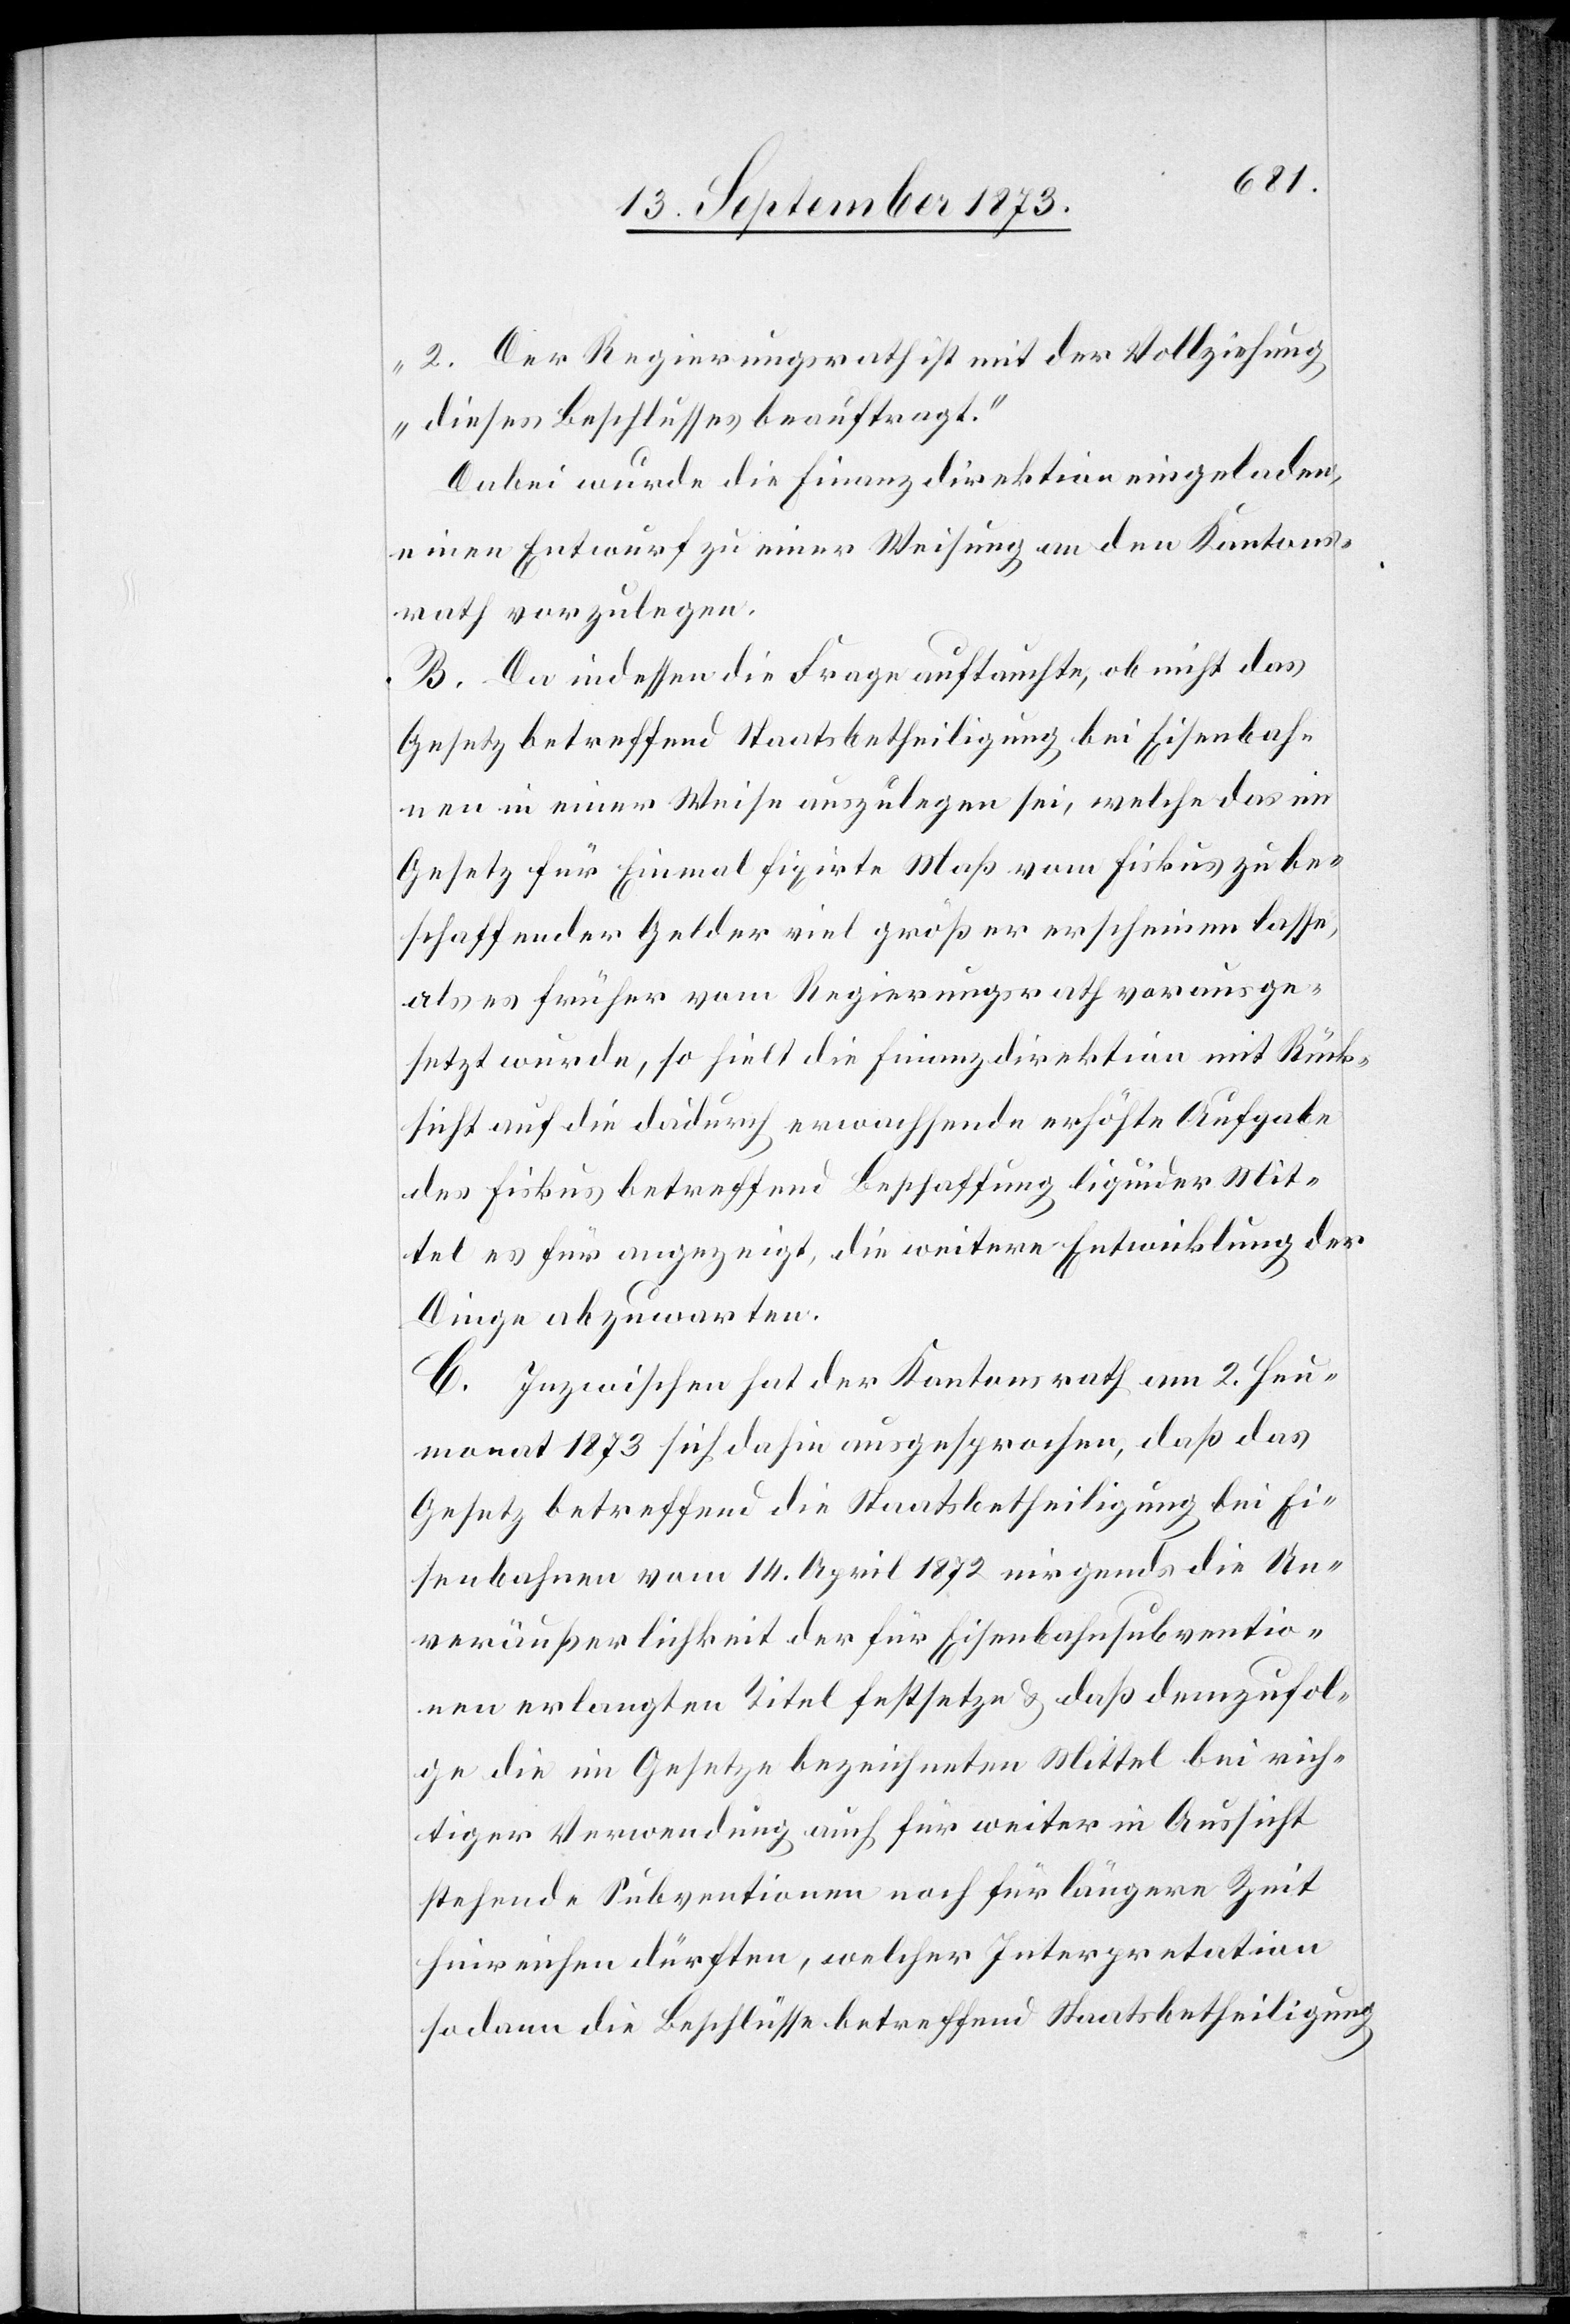
2. Der Regierungsrath ist mit der Vollziehung
dieses Beschlusses beauftragt.“
Dabei wurde die Finanzdirektion eingeladen,
einen Entwurf zu einer Weisung an den Kantons¬
rath vorzulegen.
B. Da indessen die Frage auftauchte, ob nicht das
Gesetz betreffend Staatsbetheiligung bei Eisenbah¬
nen in einer Weise auszulegen sei, welche das im
Gesetz für Einmal fixirte Maß vom Fiskus zu be¬
schaffender Gelder viel größer erscheinen lasse,
als es früher vom Regierungsrath vorausge¬
setzt wurde, so hielt die Finanzdirektion mit Rück¬
sicht auf die dadurch erwachsende erhöhte Aufgabe
des Fiskus betreffend Beschaffung liquider Mit¬
tel es für angezeigt, die weitere Entwicklung der
Dinge abzuwarten.
C. Inzwischen hat der Kantonsrath am 2. Heu¬
monat 1873 sich dahin ausgesprochen, daß das
Gesetz betreffend die Staatsbetheiligung bei Ei¬
senbahnen vom 14. April 1872 nirgends die Un¬
veräußerlichkeit der für Eisenbahnsubventio¬
nen erlangten Titel festsetze & daß demzufol¬
ge die im Gesetze bezeichneten Mittel bei rich¬
tiger Verwendung auch für weiter in Aussicht
stehende Subventionen noch für längere Zeit
hinreichen dürften, welcher Interpretation
sodann die Beschlüsse betreffend Staatsbetheiligung